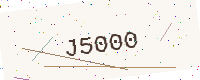
Text: J5000